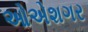
ઓએશગર